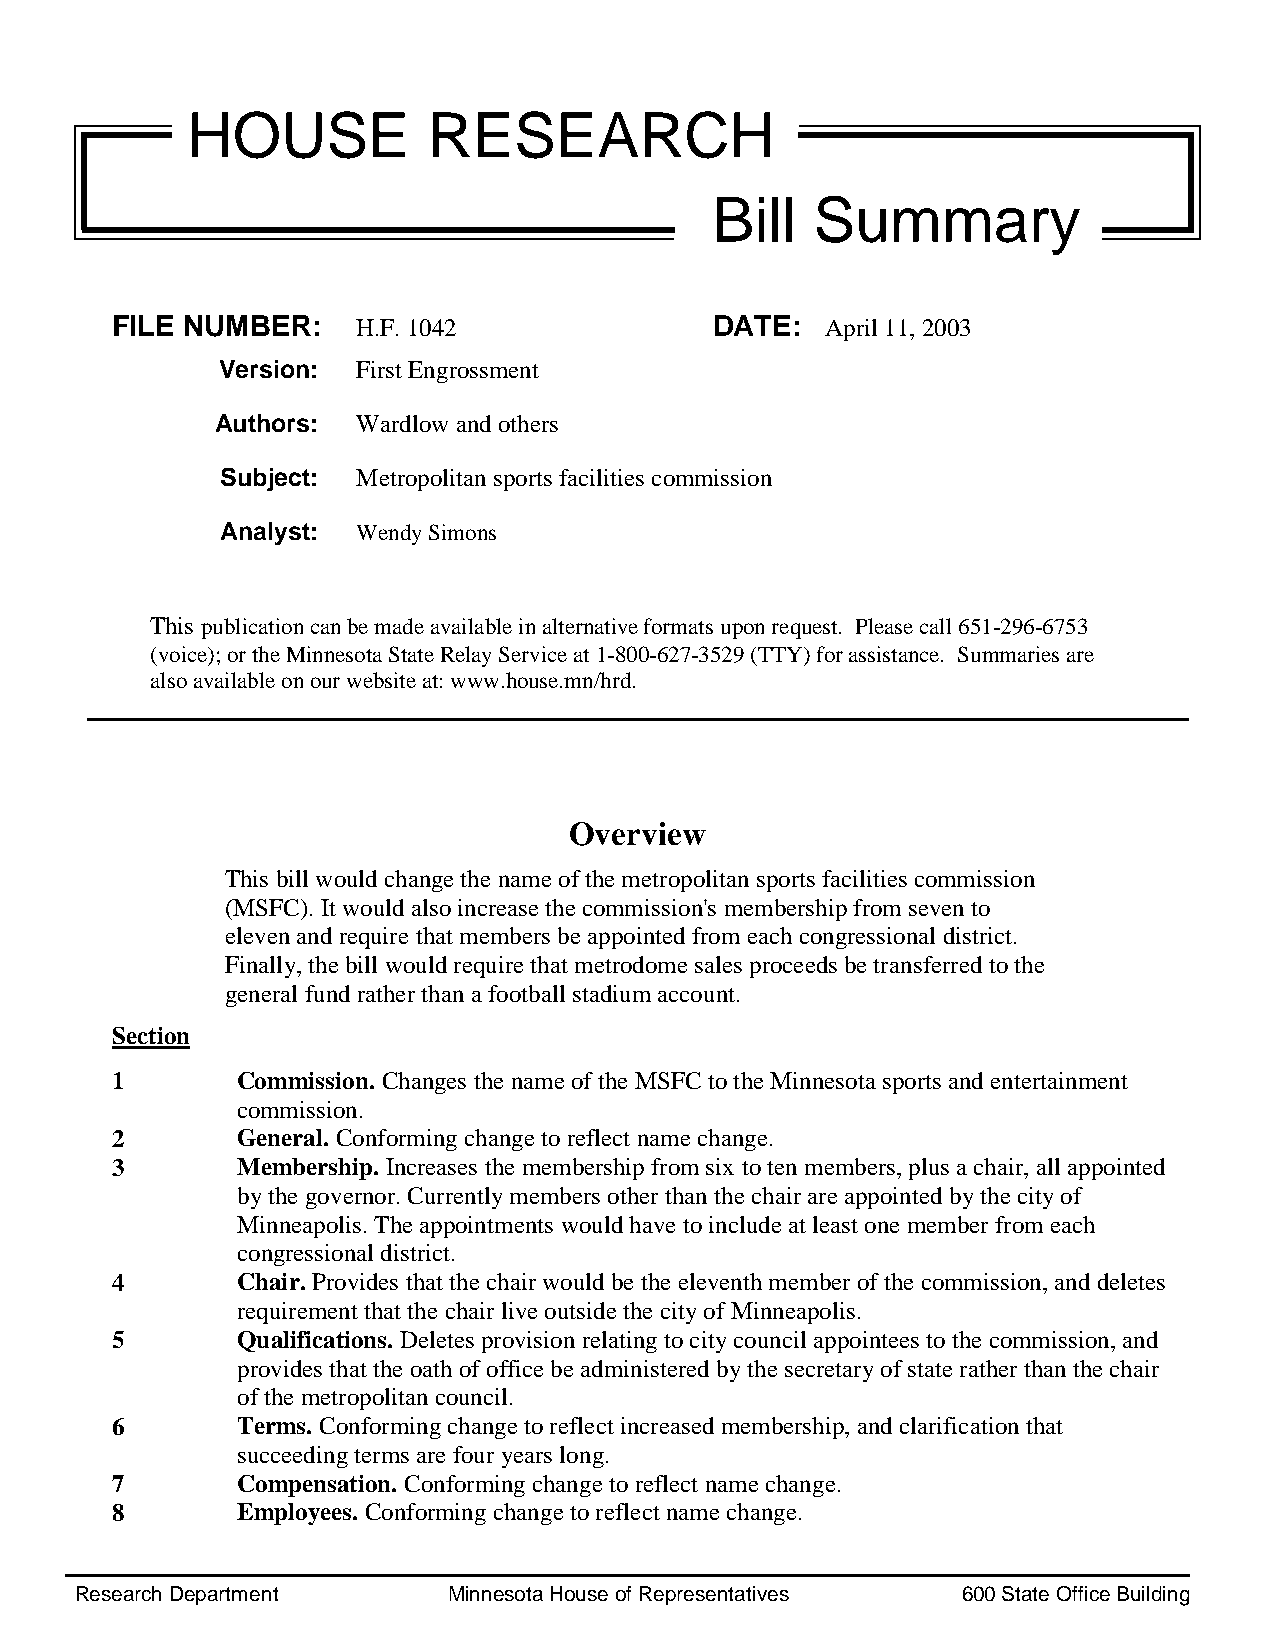
HOUSE           RESEARCH
 Bill   Summary
 FILE NUMBER:     H.F. 1042              DATE:   April 11, 2003
 Version:  First Engrossment
 Authors:  Wardlow and others
 Subject: Metropolitan sports facilities commission
 Analyst: Wendy Simons
 This publication can be made available in alternative formats upon request. Please call 651-296-6753
 (voice); or the Minnesota State Relay Service at 1-800-627-3529 (TTY) for assistance. Summaries are
 also available on our website at: www.house.mn/hrd.
 Overview
 This bill would change the name of the metropolitan sports facilities commission
 (MSFC). It would also increase the commission's membership from seven to
 eleven and require that members be appointed from each congressional district.
 Finally, the bill would require that metrodome sales proceeds be transferred to the
 general fund rather than a football stadium account.
 Section
 1        Commission. Changes the name of the MSFC to the Minnesota sports and entertainment
 commission.
 2        General. Conforming change to reflect name change.
 3        Membership. Increases the membership from six to ten members, plus a chair, all appointed
 by the governor. Currently members other than the chair are appointed by the city of
 Minneapolis. The appointments would have to include at least one member from each
 congressional district.
 4        Chair. Provides that the chair would be the eleventh member of the commission, and deletes
 requirement that the chair live outside the city of Minneapolis.
 5        Qualifications. Deletes provision relating to city council appointees to the commission, and
 provides that the oath of office be administered by the secretary of state rather than the chair
 of the metropolitan council.
 6        Terms. Conforming change to reflect increased membership, and clarification that
 succeeding terms are four years long.
 7        Compensation. Conforming change to reflect name change.
 8        Employees. Conforming change to reflect name change.
 Research Department      Minnesota House of Representatives 600 State Office Building